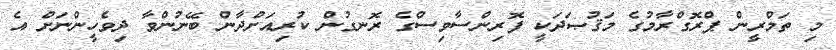
މި ތަމްރީން ޕްރޮގްރާމުގެ މަޤުޞަދަކީ ފޮރިންސާވިސްގެ ރޮނގުން ކުރިއަށްދާން ބޭނުންވާ ދިވެހީންނަށް އެ